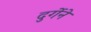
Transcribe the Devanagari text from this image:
दुर्गेने